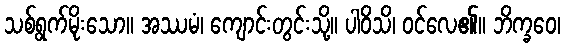
သစ်ရွက်မိုးသော။ အဿမံ၊ ကျောင်းတွင်းသို့။ ပါဝိသိ၊ ဝင်လေ၏။ ဘိက္ခဝေ၊